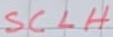
Text: SCLH